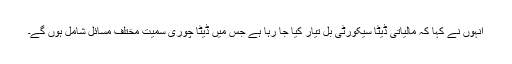
انہوں نے کہا کہ مالیاتی ڈیٹا سیکورٹی بل تیار کیا جا رہا ہے جس میں ڈیٹا چوری سمیت مختلف مسائل شامل ہوں گے۔